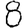
Digit: 8